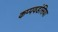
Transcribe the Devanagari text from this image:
कप्पवडंसिया